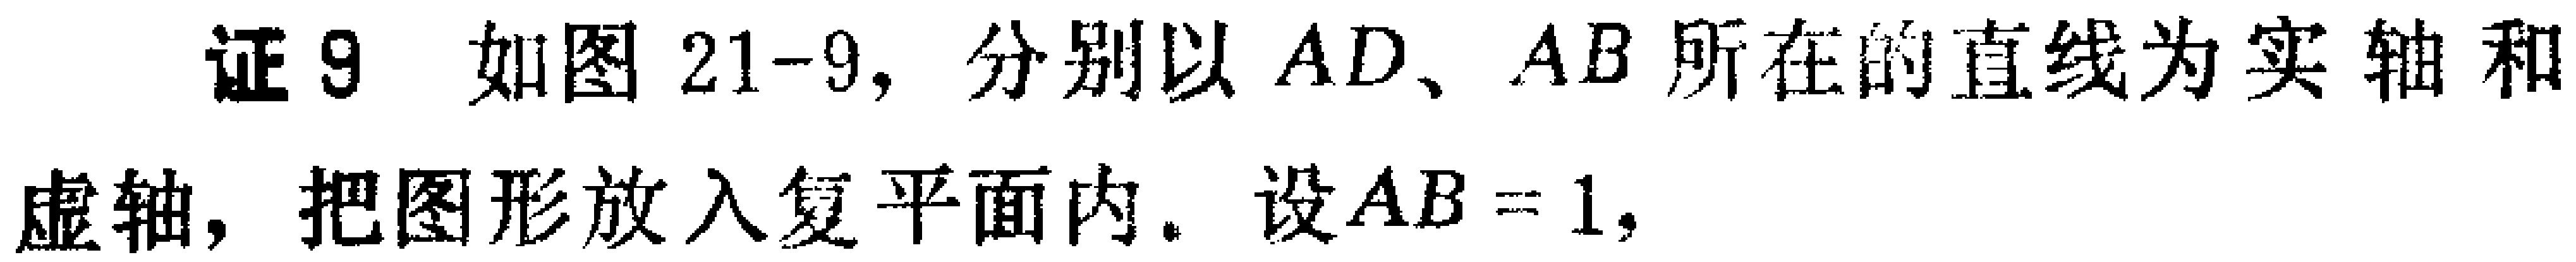
证9 如图21-9, 分别以 \(AD\)、\(AB\) 所在的直线为实轴和虚轴, 把图形放入复平面内. 设 \(AB = 1\),